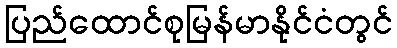
ပြည်ထောင်စုမြန်မာနိုင်ငံတွင်